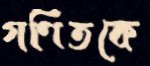
গণিতকে